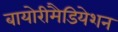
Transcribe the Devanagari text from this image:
बायोरीमैडियेशन